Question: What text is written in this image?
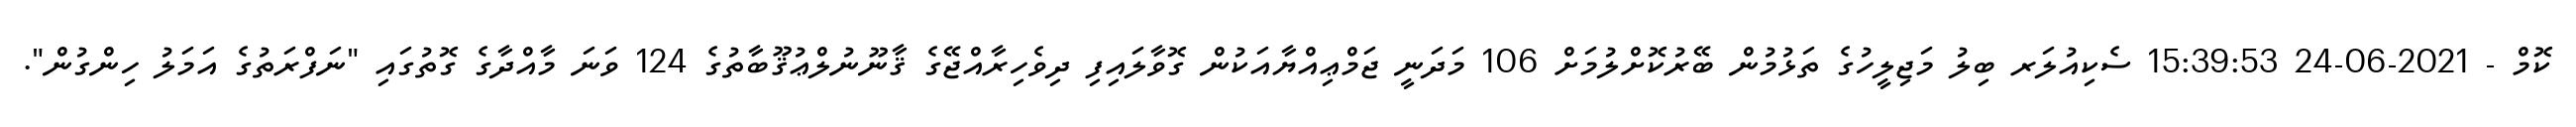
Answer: ކޮމް - 2021-06-24 15:39:53 ސެކިއުލަރ ބިލު މަޖިލީހުގެ ތަޅުމުން ބޭރުކޮށްލުމަށް 106 މަދަނީ ޖަމްޢިއްޔާއަކުން ގޮވާލައިފި ދިވެހިރާއްޖޭގެ ޤާނޫނުލްޢުޤޫބާތުގެ 124 ވަނަ މާއްދާގެ ގޮތުގައި "ނަފްރަތުގެ އަމަލު ހިންގުން".